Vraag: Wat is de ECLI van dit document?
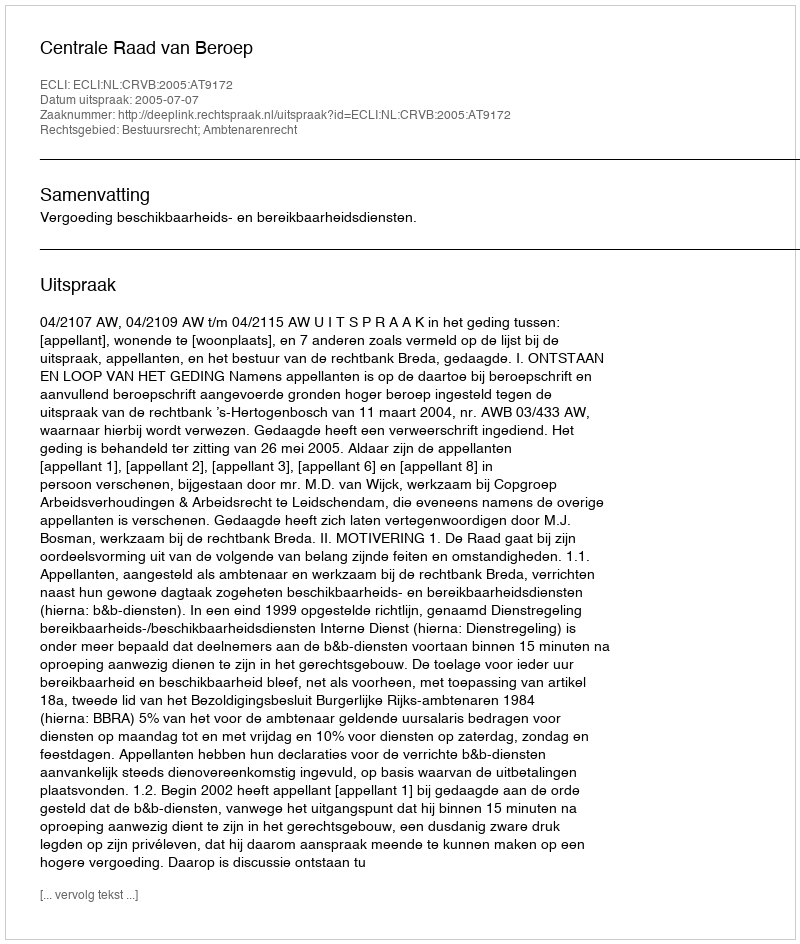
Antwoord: ECLI:NL:CRVB:2005:AT9172